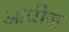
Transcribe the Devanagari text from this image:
आर्बीज़